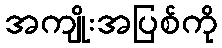
အကျိုးအပြစ်ကို